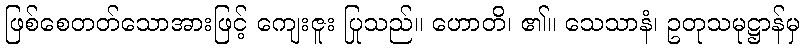
ဖြစ်စေတတ်သောအားဖြင့် ကျေးဇူး ပြုသည်။ ဟောတိ၊ ၏။ သေသာနံ၊ ဥတုသမုဋ္ဌာန်မှ